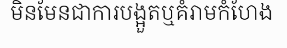
មិនមែនជាការបង្អួតឬគំរាមកំហែង